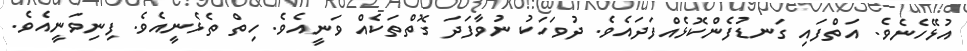
އުޅޭހެނެވެ. އަތްފައި ގަނޑުފެންކޮޅެއްފަދައެވެ. ދުވަހަކު ނުވާފަދަ ގޮތްތަކެއް ވަނީއެވެ. ހިތް ތެޅެނީއެވެ. ފިނިވަނީއެވެ.